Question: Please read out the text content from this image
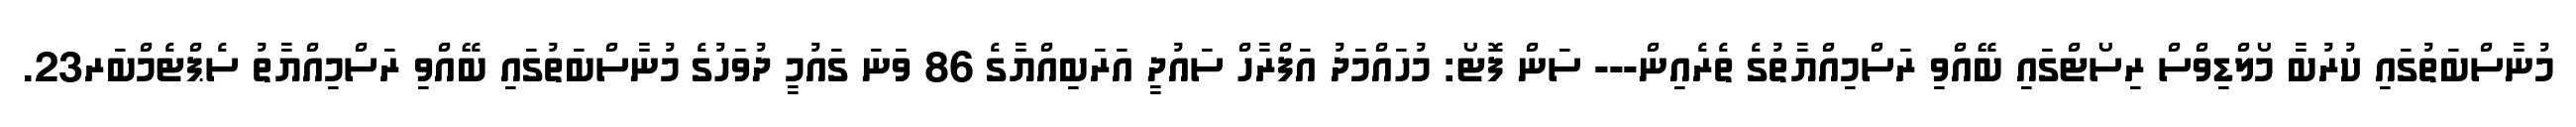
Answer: މުނާސްބަތުގައި ކުރުބާ މޯލްޑިވްސް ރިސޯޓްގައި ބޭއްވި ރަސްމިއްޔާތުގެ ތެރެއިން--- ސަން ފޮޓޯ: މުހައްމަދު އަފްރާހް ސައުދީ އަރަބިއްޔާގެ 86 ވަނަ ގައުމީ ދުވަހުގެ މުނާސްބަތުގައި ބޭއްވި ރަސްމިއްޔާތު ސެޕްޓެމްބަރ23.